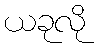
ယခုလို